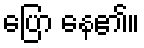
ပြော နေ၏။